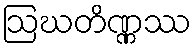
ဩဃတိဏ္ဏဿ